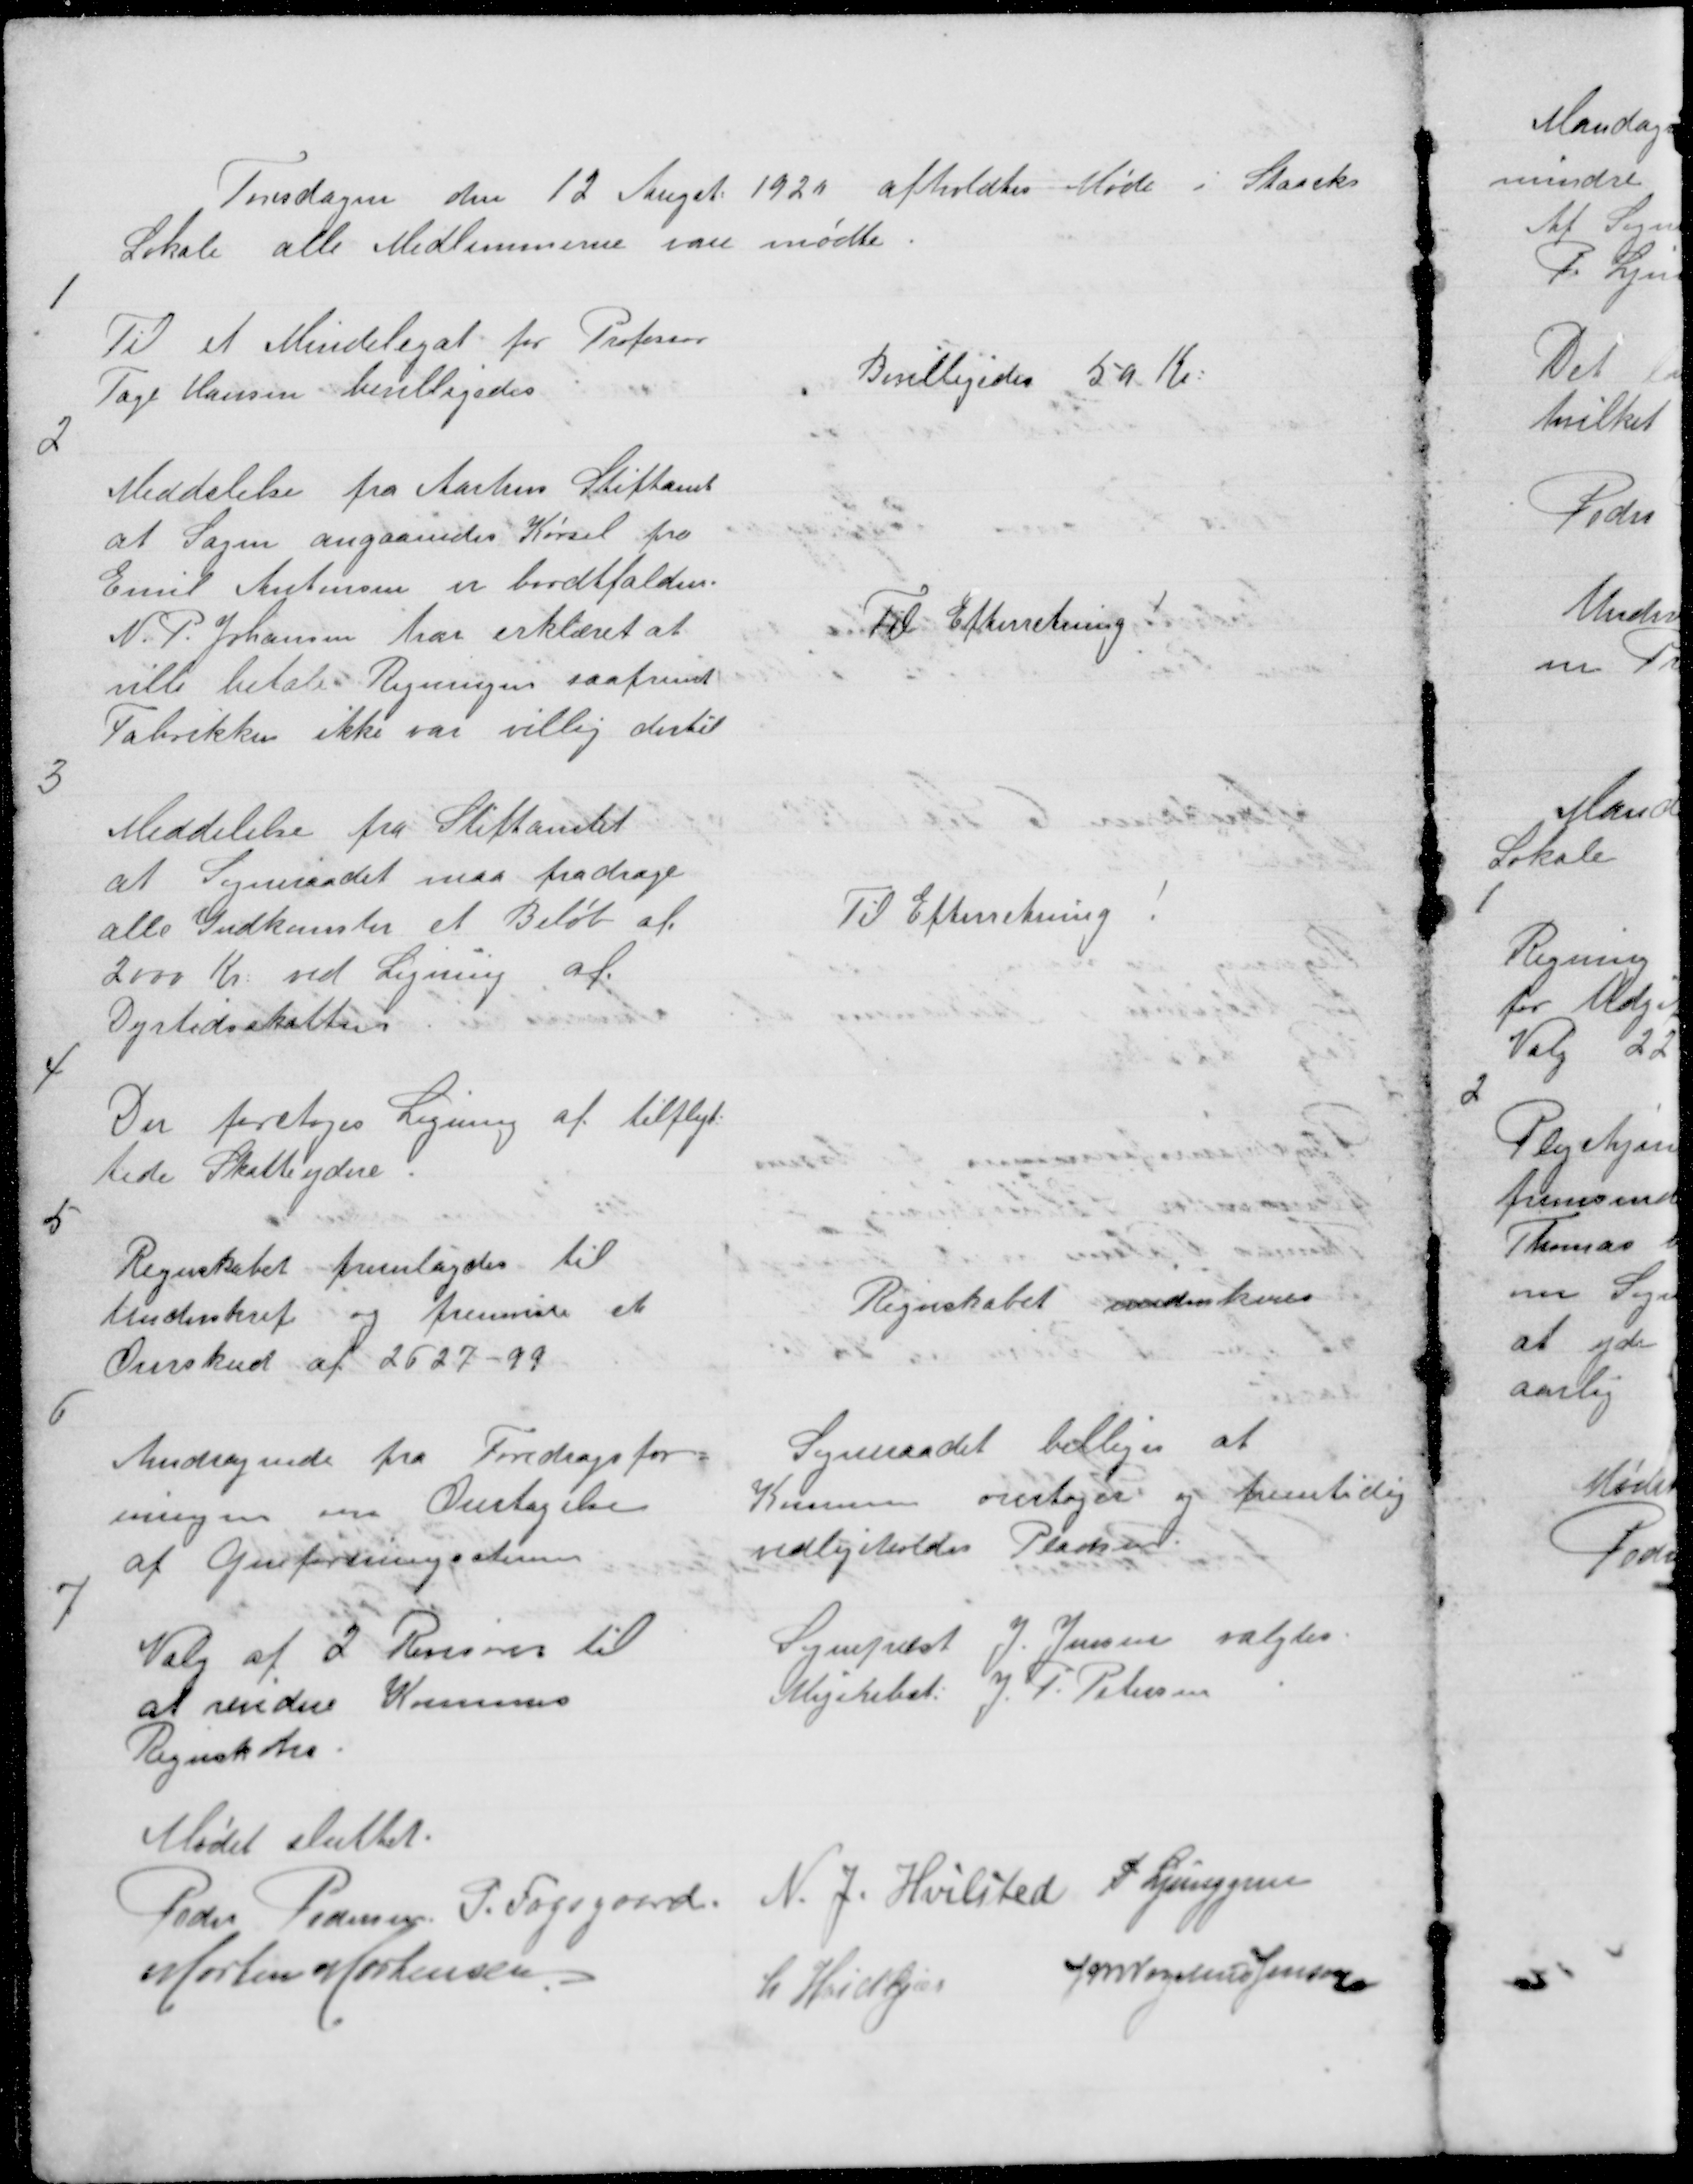
Transskription:
Torsdagen den 12 Augst 1920 afholdtes Møde i Staacks
Lokale alle Medlemmerne vare mødte.

1

Til et Mindelegat for Professor
Tage Hansen bevilligedes

Bevilligedes 50 Kr:

2

Meddelelse fra Aarhus Stiftamt
at Sagen angaaende Kørsel fra
Emil Antonsen er bordtfalden.
N. P: Johansen har erklæret at
ville betale Regningen saafremt
Fabrikken ikke var villig dertil

Til Efterretning !

3

Meddelelse fra Stiftamtet
at Sogneraadet maa fradrage
alle Indkomster et Beløb af
2000 Kr: ved Ligning af
Dyrtidsskatterne.

Til Efterretning !

4

Der foretoges Ligning af tilflyt=
tede Skatteydere.

5

Regnskabet fremlagdes til
Underskrift og fremviste et
Overskud af 2627 - 99

Regnskabet underskreves

6

Sogneraadet billiger at
Kommunen overtager og fremtidig
vedligeholder Pladsen.

Andragende fra Foredragsfor
eningen om Overtagelse
af Genforeningsstenen

7

Sognepræst J. Jensen valgtes
Mejeribst: J. P. Petersen

Valg af 2 Revisorer til
at revidere Kommunens
Regnskaber

Mødet sluttet
Peder Pedersen P. Fogsgaard N. J. Hvilsted P Ljunggren
Morten Mortensen
L. Hvidkjær
J M Vogelius Jensen